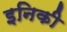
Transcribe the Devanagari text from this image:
इनिकी